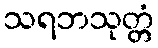
သရဘသုတ္တံ